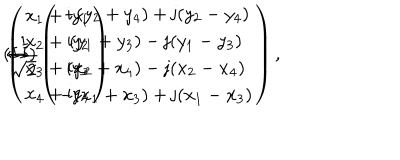
LaTeX: ( I I ) \hspace { 3 m m } \left( \begin{array} { c } { { x _ { 1 } + \mathrm { i } y _ { 1 } } } \\ { { x _ { 2 } + \mathrm { i } y _ { 2 } } } \\ { { x _ { 3 } + \mathrm { i } y _ { 3 } } } \\ { { x _ { 4 } + \mathrm { i } y _ { 4 } } } \\ \end{array} \right) \hspace { 3 m m } \leftrightarrow \hspace { 3 m m } \frac { 1 } { \sqrt { 2 } } \left( \begin{array} { c } { { - ( y _ { 2 } + y _ { 4 } ) + \mathrm { j } ( y _ { 2 } - y _ { 4 } ) } } \\ { { ( y _ { 1 } + y _ { 3 } ) - \mathrm { j } ( y _ { 1 } - y _ { 3 } ) } } \\ { { ( x _ { 2 } + x _ { 4 } ) - \mathrm { j } ( x _ { 2 } - x _ { 4 } ) } } \\ { { - ( x _ { 1 } + x _ { 3 } ) + \mathrm { j } ( x _ { 1 } - x _ { 3 } ) } } \\ \end{array} \right) ,